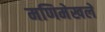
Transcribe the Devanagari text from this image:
मणिमेखले